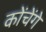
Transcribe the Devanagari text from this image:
कोंचेंगे